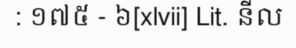
: ១៧៥ - ៦[xlvii] Lit. នីល